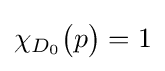
\chi _{D_{0}}{\big (}p{\big )}=1